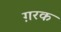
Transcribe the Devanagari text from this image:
ग़रक